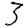
Digit: 3